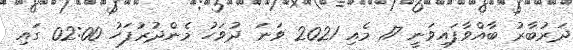
ދަރުބާރު ބާއްވާފައިވަނީ 17 މެއި 2021 ވަނަ ދުވަހު މެންދުރުފަހު 02:00 ގައި